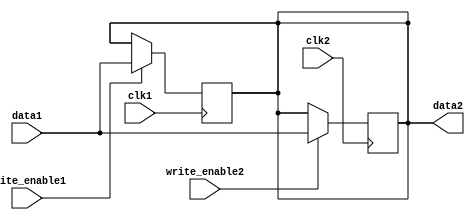
module dual_port_bypass_register(
  input wire clk1,
  input wire [31:0] data1,
  input wire write_enable1,
  input wire clk2,
  input wire write_enable2,
  output reg [31:0] data2
);

always @(posedge clk1) begin
  if (write_enable1)
    data2 <= data1;
end

always @(posedge clk2) begin
  if (write_enable2)
    data2 <= data1;
end

endmodule